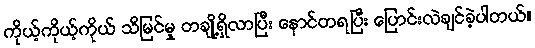
ကိုယ့်ကိုယ့်ကိုယ် သိမြင်မှု တချို့ရှိလာပြီး နောင်တရပြီး ပြောင်းလဲချင်ခဲ့ပါတယ်။